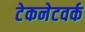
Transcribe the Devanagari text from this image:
टेकनेटवर्क